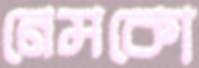
নেমকো